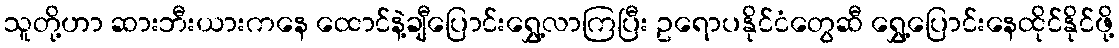
သူတို့ဟာ ဆားဘီးယားကနေ ထောင်နဲ့ချီပြောင်းရွှေ့လာကြပြီး ဥရောပနိုင်ငံတွေဆီ ရွှေ့ပြောင်းနေထိုင်နိုင်ဖို့